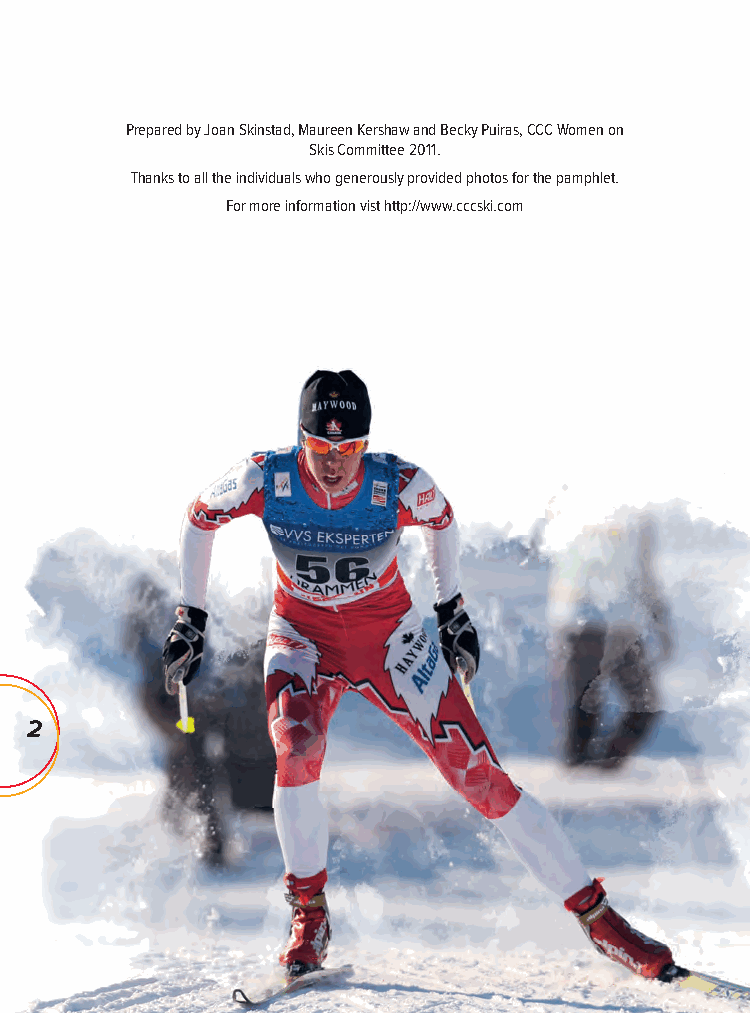
Prepared by Joan Skinstad, Maureen Kershaw and Becky Puiras, CCC Women on
 Skis Committee 2011.
 Thanks to all the individuals who generously provided photos for the pamphlet.
 For more information vist http://www.cccski.com
 2